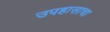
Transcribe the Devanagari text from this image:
उपहासाचा